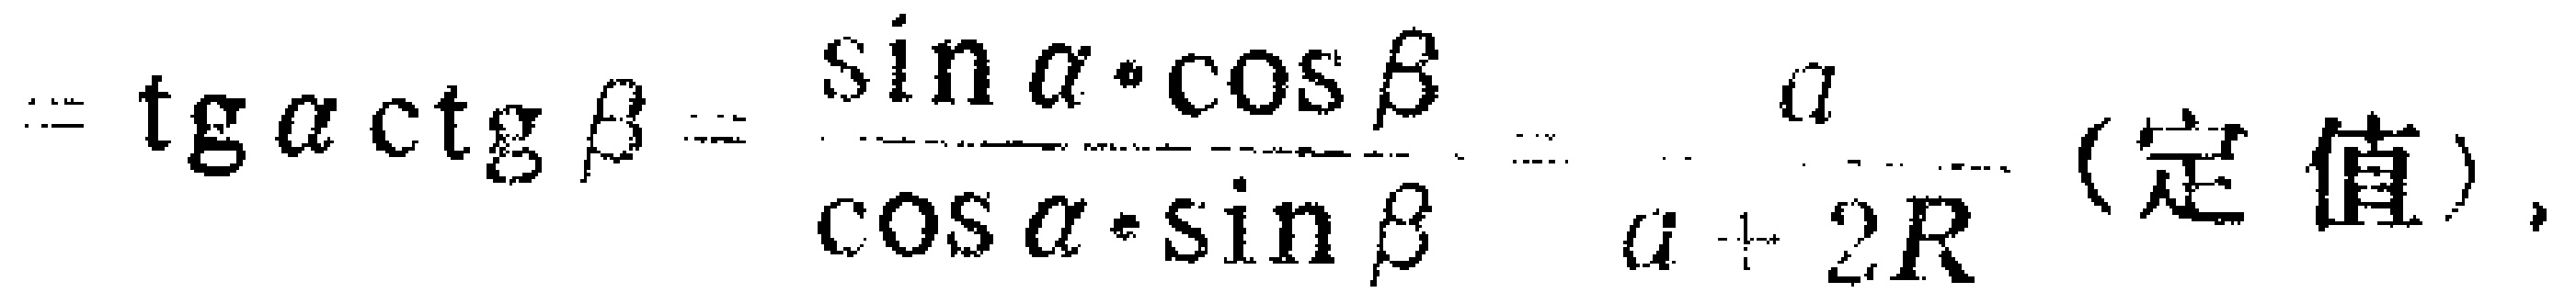
$=\mathrm{tg}\alpha\mathrm{ctg}\beta =\frac{\sin\alpha\cdot\cos\beta}{\cos\alpha\cdot\sin\beta}=\frac{a}{a + 2R}\text{ (定值)}$